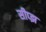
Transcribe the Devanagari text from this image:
सीप्झ